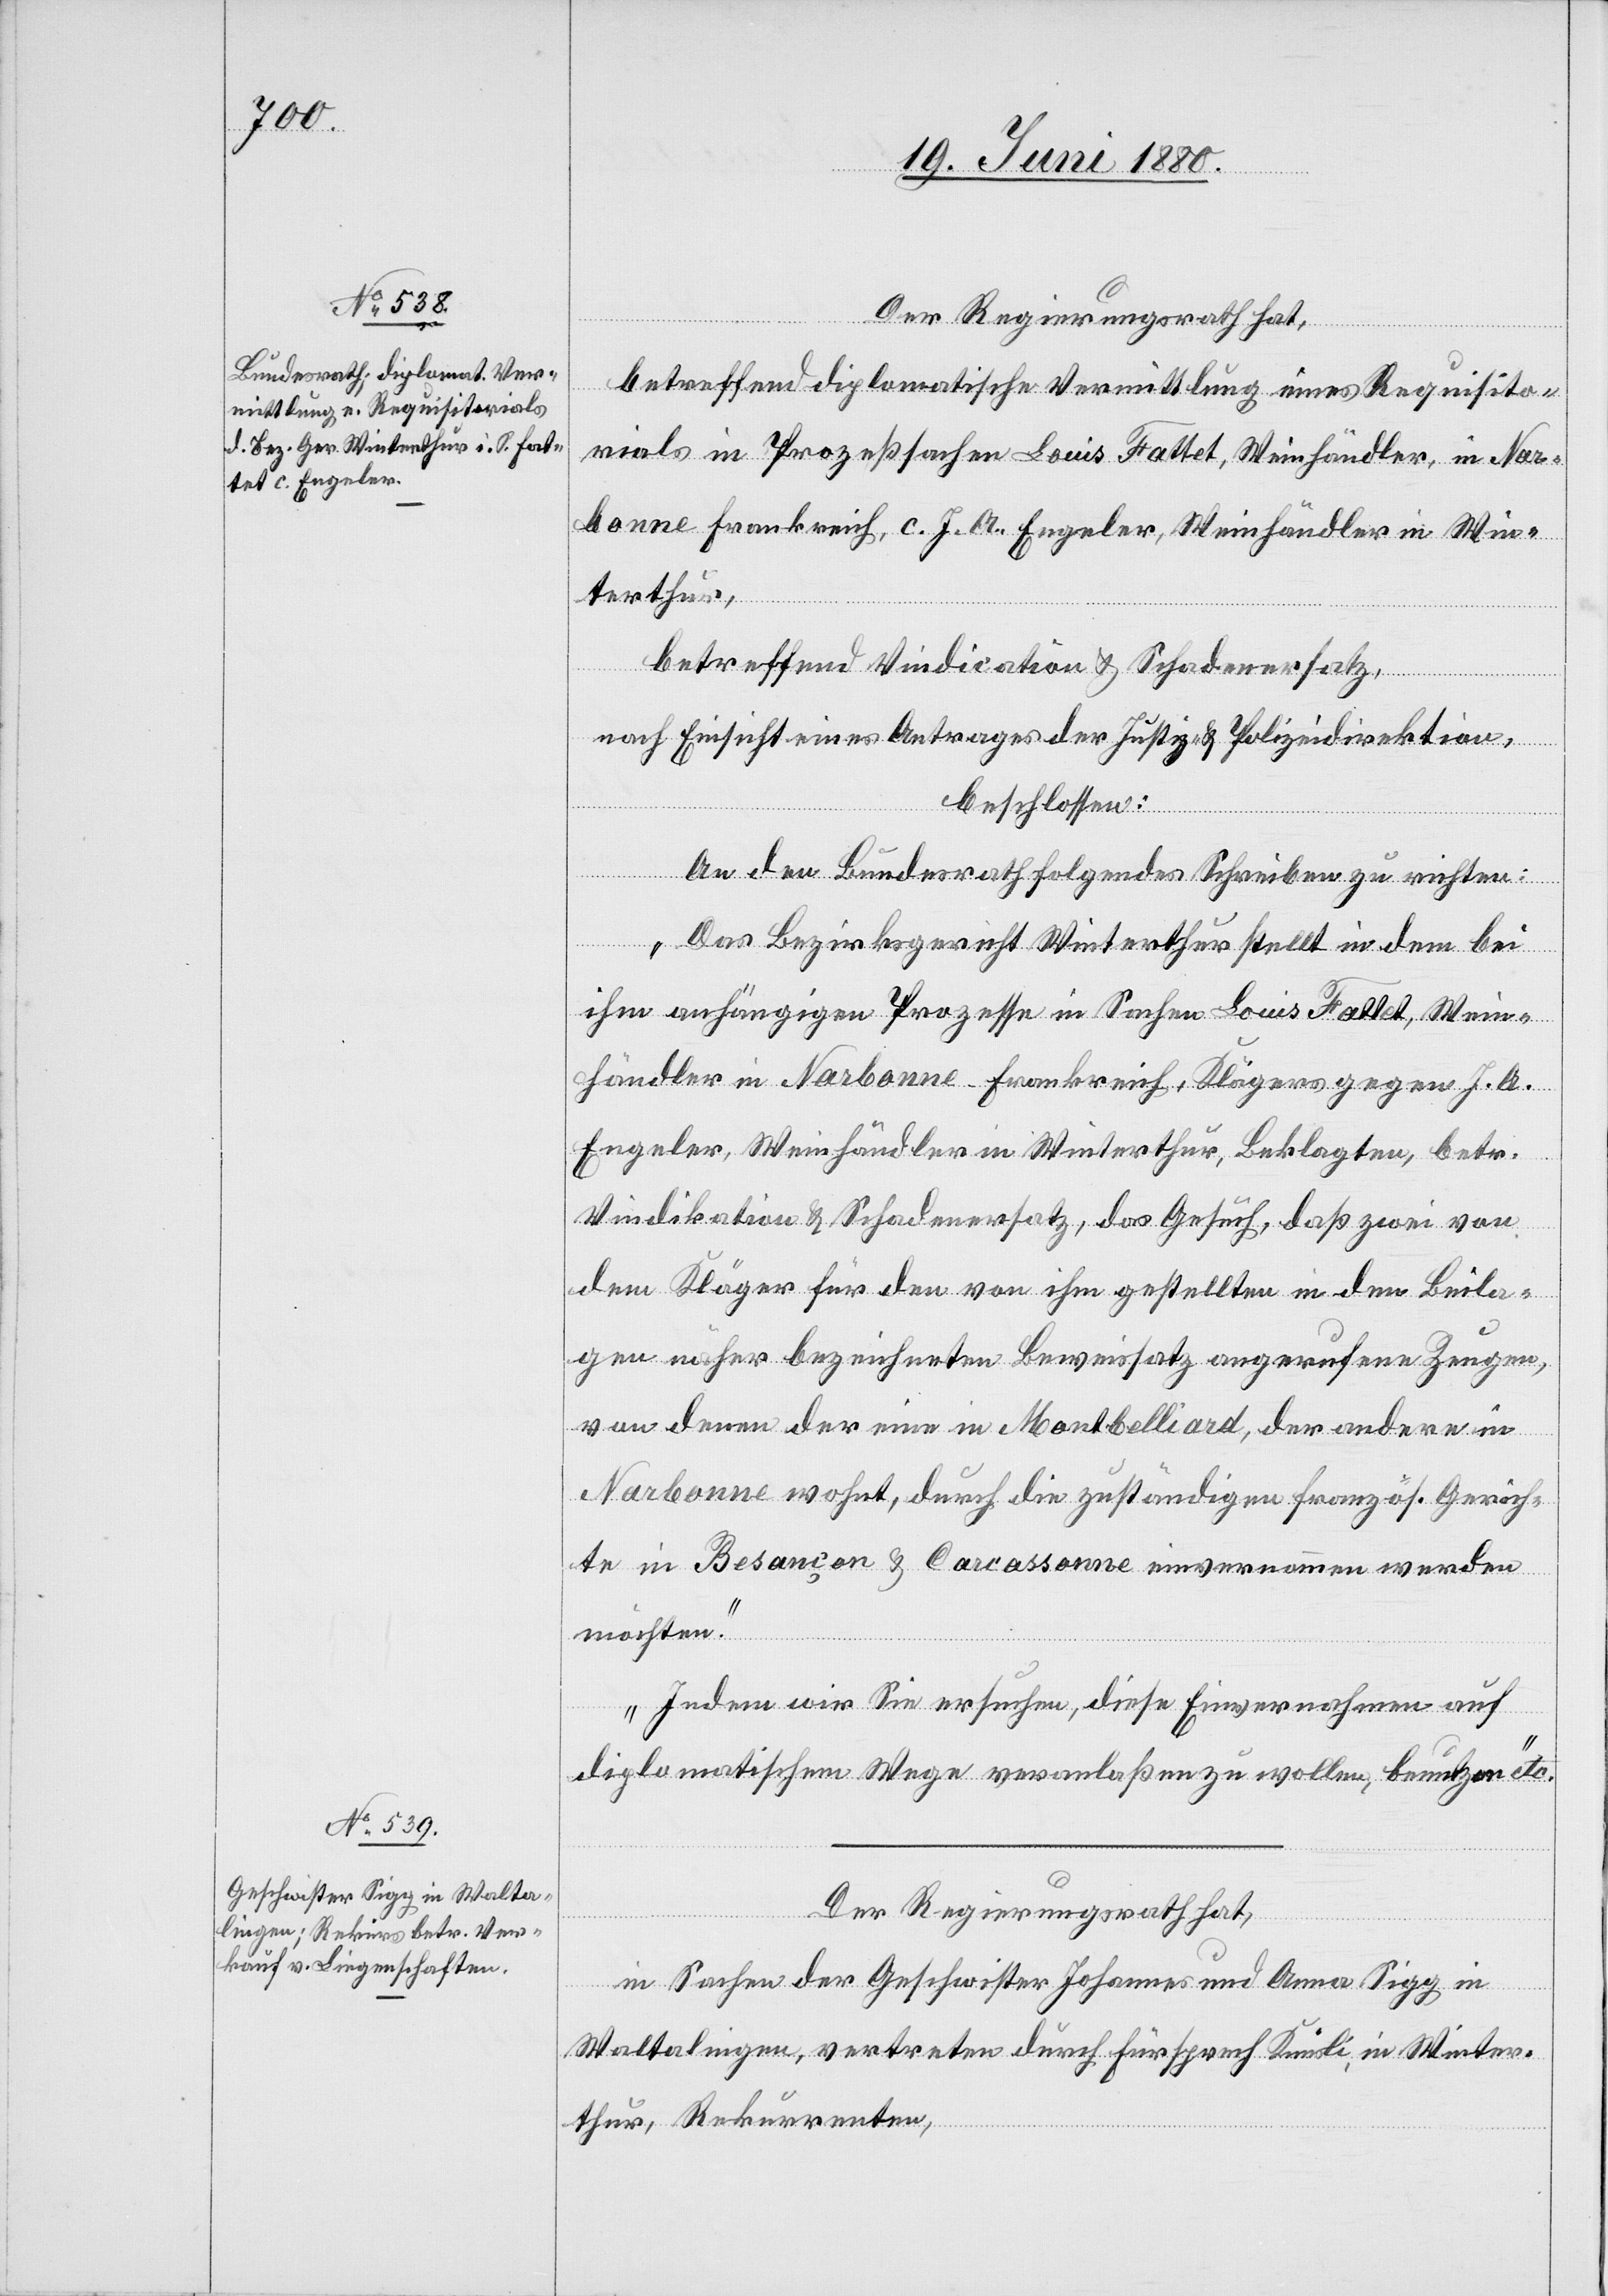
Der Regierungsrath hat,
betreffend diplomatische Vermittlung eines Requisito¬
rials in Prozeßsachen Louis Fattet, Weinhändler, in Nar¬
bonne Frankreich, c. J. A. Engeler, Weinhändler in Win¬
terthur,
betreffend Vindication & Schadenersatz,
nach Einsicht eines Antrages der Justiz- & Polizeidirektion,
beschlossen:
An den Bundesrath folgendes Schreiben zu richten:
„Das Bezirksgericht Winterthur stellt in dem bei
ihm anhängigen Prozesse in Sachen Louis Fattet, Wein¬
händler in Narbonne - Frankreich, Klägers gegen J. A.
Engeler, Weinhändler in Winterthur, Beklagten, betr.
Vindikation & Schadenersatz, das Gesuch, daß zwei von
dem Kläger für den von ihm gestellten in den Beila¬
gen näher bezeichneten Beweissatz angerufenen Zeugen,
von denen der eine in Montbelliard, der andere in
Narbonne wohnt, durch die zuständigen französ. Gerich¬
te in Besançon & Carcassone einvernommen werden
möchten.
Indem wir Sie ersuchen, diese Einvernahmen auf
diplomatischem Wege veranlaßen zu wollen, benutzen“ etc.
Der Regierungsrath hat,
in Sachen der Geschwister Johannes und Anna Sigg in
Waltalingen, vertreten durch Fürsprech Knüsli, in Winter¬
thur, Rekurrenten,